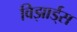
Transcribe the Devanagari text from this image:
विझार्ड्‌स